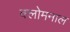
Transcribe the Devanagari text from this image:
क्लोमनाल